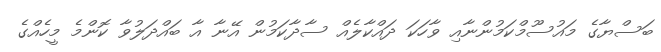
ބަސްޔާގެ މައުސޫމްކަމުންނާއި ވާހަކަ ދައްކާލެއް ސާދާކަމުން އޭނާ އާ ބައްދަލުވާ ކޮންމެ މީހެއްގެ